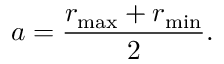
a = { \frac { r _ { \operatorname* { m a x } } + r _ { \operatorname* { m i n } } } { 2 } } .